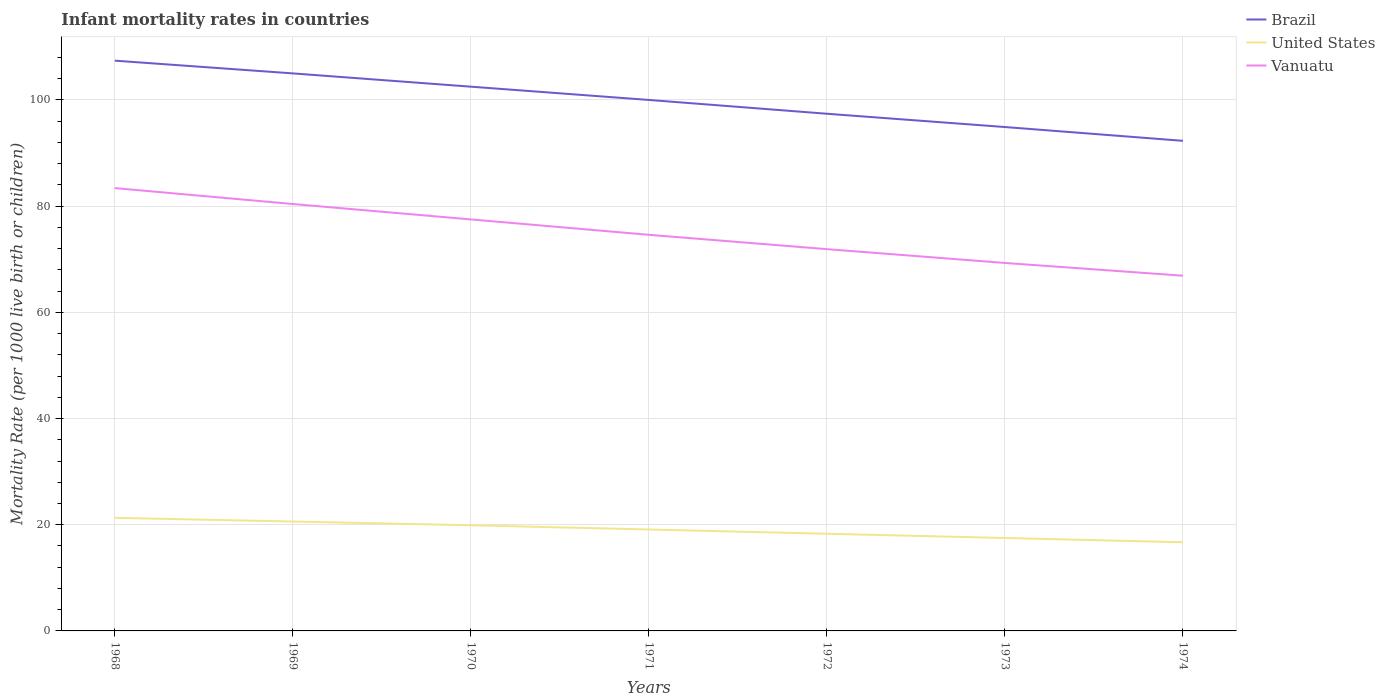
| Years | Brazil | United States | Vanuatu |
 | --- | --- | --- | --- |
 | 1968 | 107 | 21.3 | 83.4 |
 | 1969 | 105 | 20.6 | 80.4 |
 | 1970 | 102 | 19.9 | 77.5 |
 | 1971 | 100 | 19.1 | 74.6 |
 | 1972 | 97.4 | 18.3 | 71.9 |
 | 1973 | 94.9 | 17.5 | 69.3 |
 | 1974 | 92.3 | 16.7 | 66.9 |